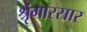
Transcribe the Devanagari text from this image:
श्रृंगारसार